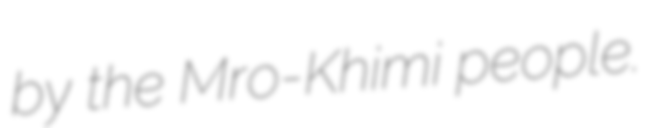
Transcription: by the Mro-Khimi people.